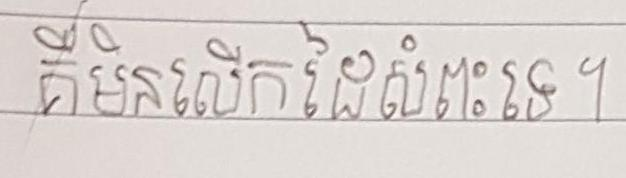
គឺមិនលើកដៃសំពះទេ ។